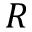
R